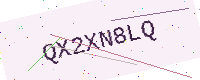
Text: QX2XN8LQ